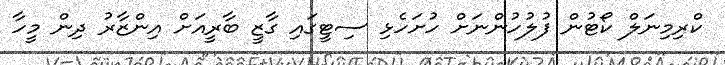
ކްރިމިނަލް ކޯޓުން ފުލުހުންނަށް ހުށަހެޅި ސިޓީގައި ގާޒީ ބާރީއަށް އިންޒާރު ދިން މީހާ